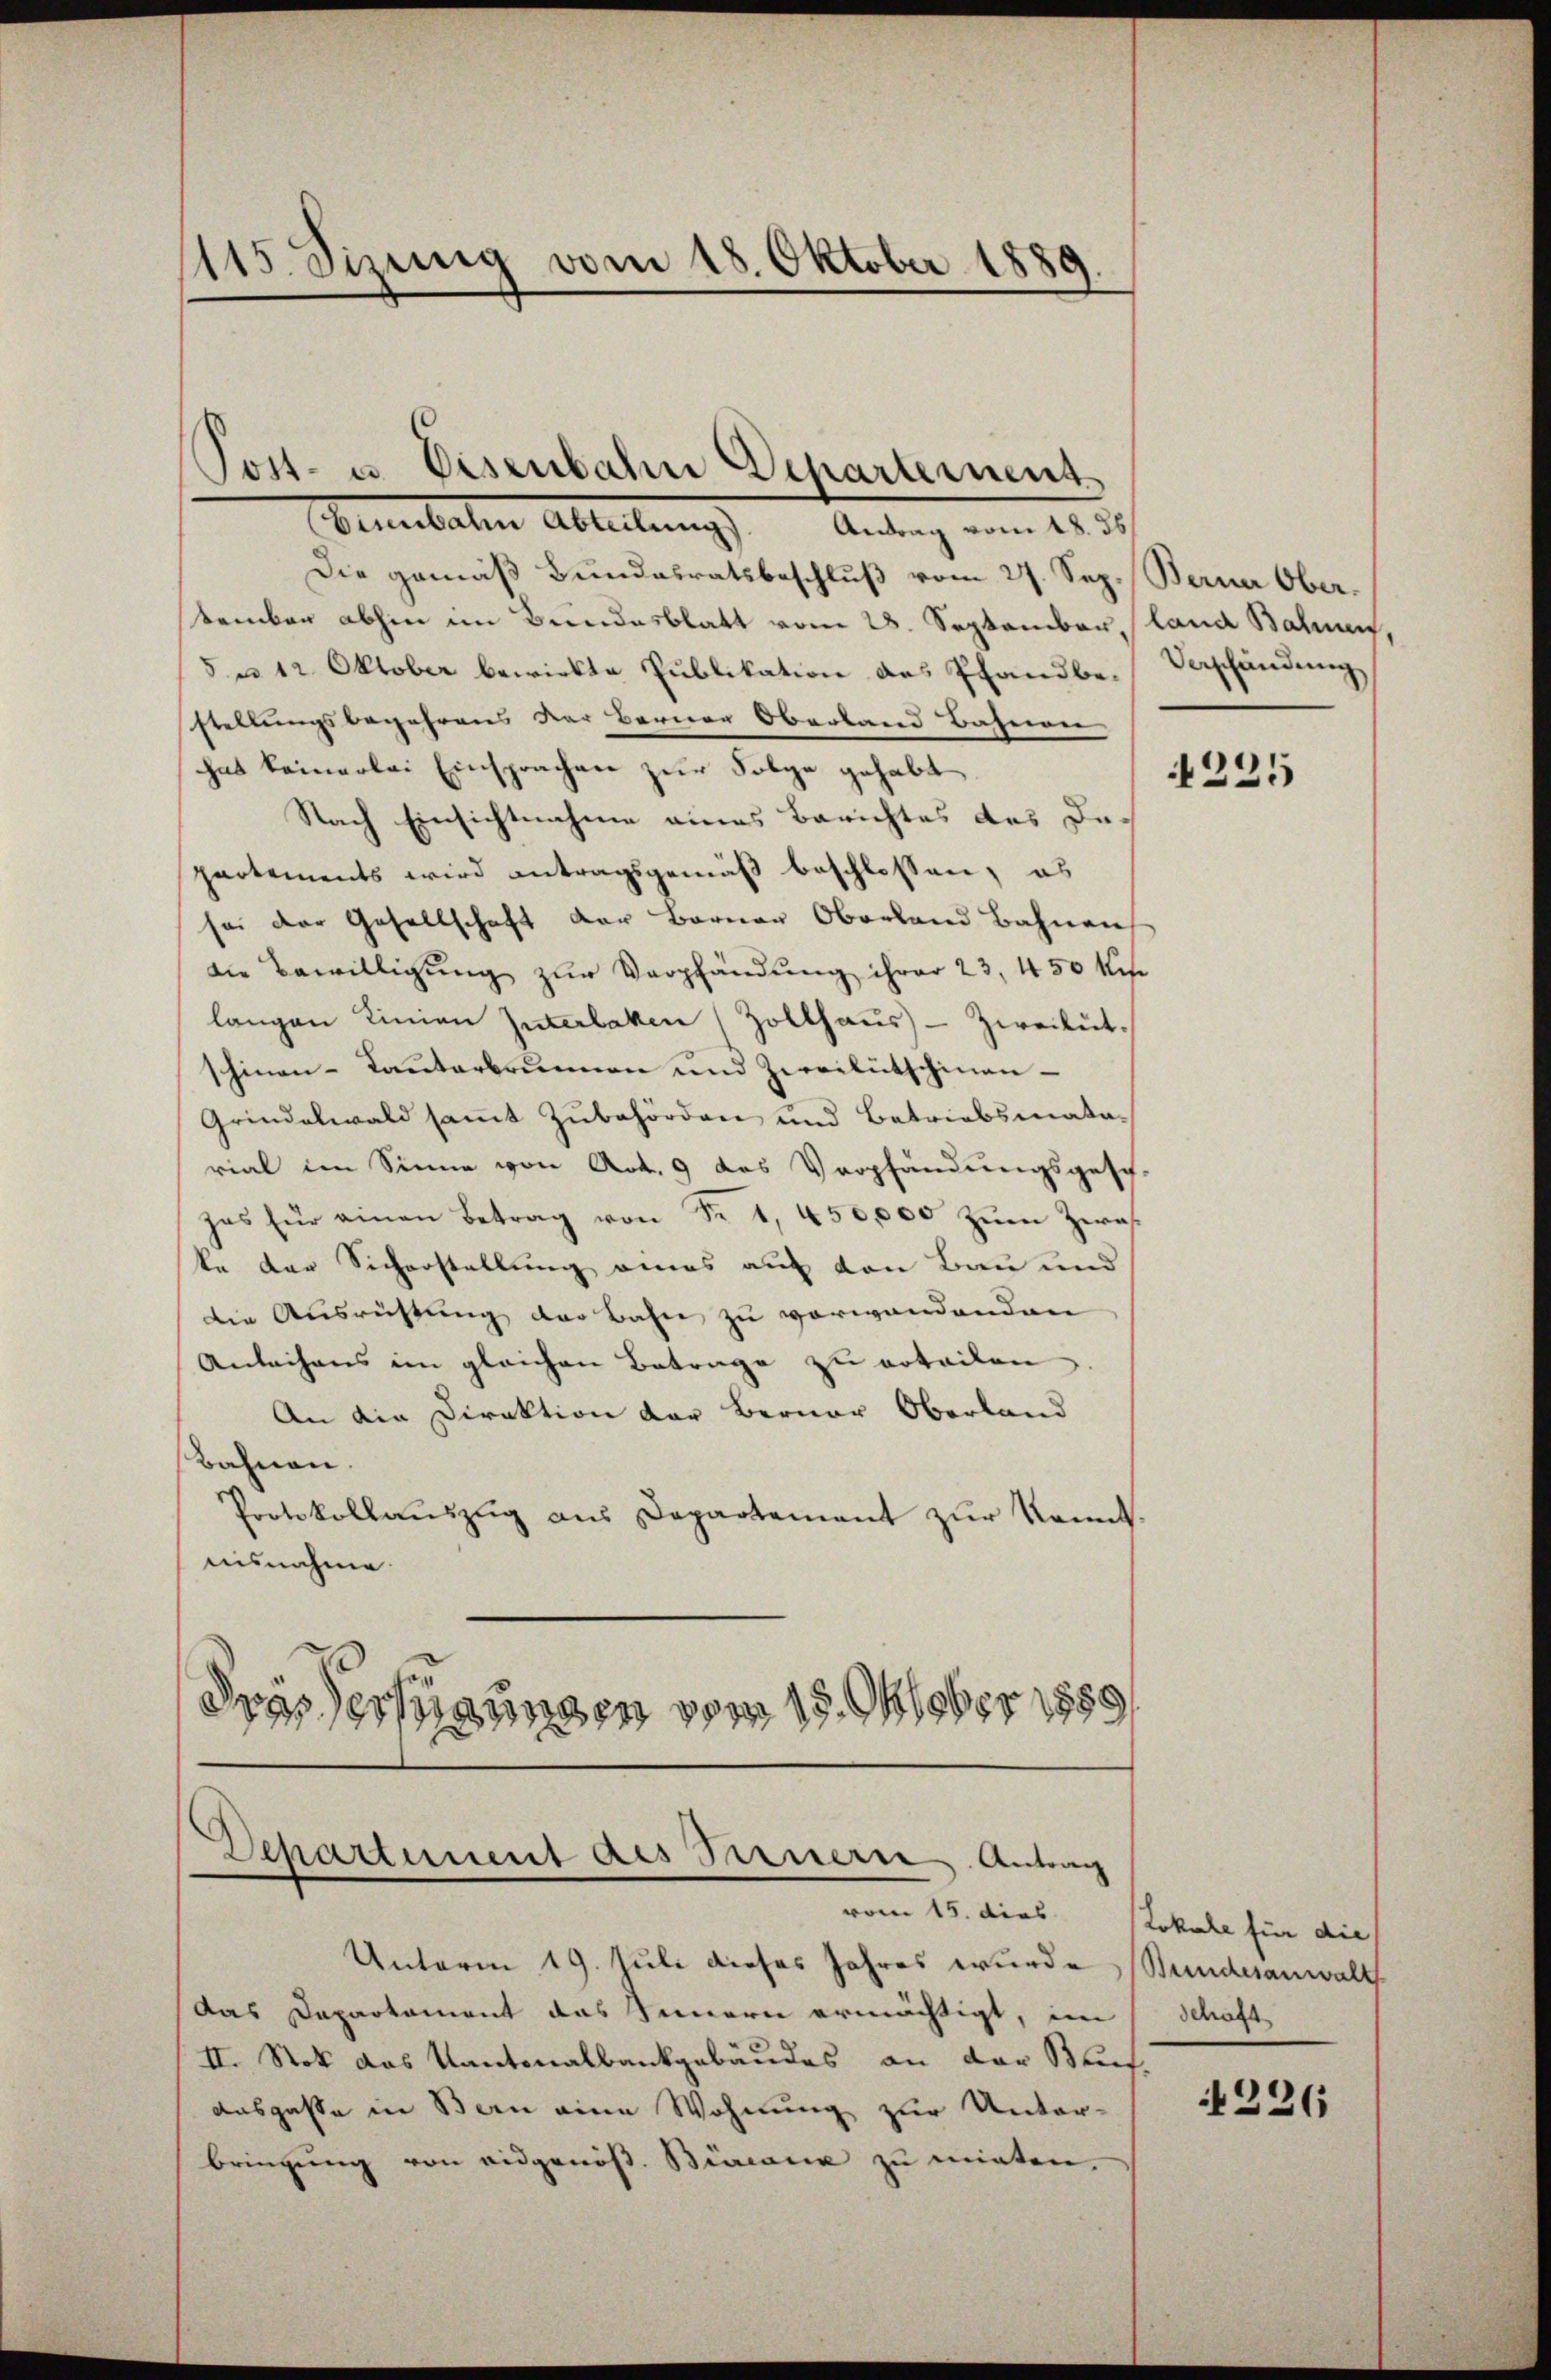
115. Sizung vom 18. Oktober 1889.

Die gemäß Bundesratsbeschluß vom 27. Sep. Berner Obertember abhin im Bundesblatt vom 28. September, land Bahnen,
5. u 12 Oktober bewirkte Publikation des Pfandbe-Verschändung
stellungsbegehrens der Berner Oberland Bahneren
hat keinerlei Einsprachen zur Folge gehabt
Nach Einsichtnahme eines Berichtes des Departements wird antragsgemäß beschlossen, es
sei der Gesellschaft der Berner Oberland Bahnen
die Bewilligung zur Verpfändung ihrer 23, 450 kese
langen Linien Interlaken (Zolthaŭs-Zweitet.
schinen-Kauterbrunnen und Zweikutschinan¬
Grindelwald samt Zubehörden und Betriebsmatarial im Sinne von Art. 9 des Verpfändungsgesch-
zes für einen Betrag von Fr. 1, 450,000 zŭm Zerah
ke der Sicherstellung eines auf den Bau und
die Ausrichtung der Bahn zu verwandenden
Anleihens im gleichen Betrage zu erteilen
An die Direktion der Berner Oberland
Bahnen.
Protokollaŭszŭg ans Departement zur kannt.
nisnahme.
drissessungen vom 18. Oktober 1888

Post- u. Eisenbahn Departement
Venerboten Abteilung
Antrag vom 18. ds.

Departement des Sarnern Antrag

Unterm 19. Juli dieses Jahres wurde Bundesanwalt
das Departament das Innern ermächtigt, im Schaft
II. Stok das Kantonalbankgebäudes an der Bauf-
Ausgasse in Bern eine Wohnung zur Unter-
bringŭng von eidgenöß. Biciana zu mieten.

4225

woren 15. dies Lokale für die

226